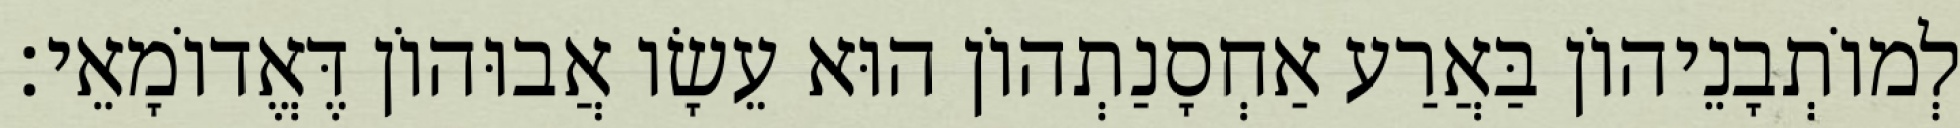
לְמוֹתְבָנֵיהוֹן בַּאֲרַע אַחְסָנַתְהוֹן הוּא עֵשָׂו אֲבוּהוֹן דֶּאֱדוֹמָאֵי׃